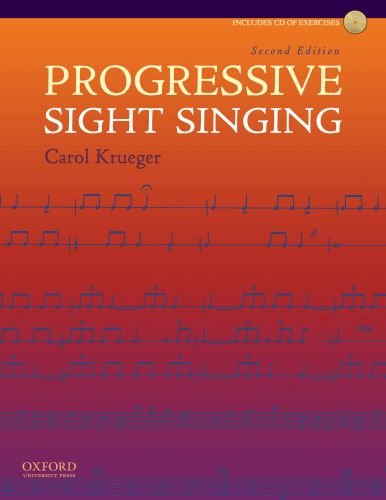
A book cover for Progressive Sight Singing; Carol Krueger; Politics & Social Sciences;